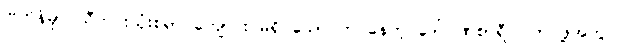
ဗြိတိန်မှာ သီတင်းသုံးစရာ ကျောင်း မရှိ သောင်တင်နေတဲ့ ဒေါ်ဂုဏစာရီ ဝါကပ်ဖို့အတွက်